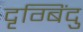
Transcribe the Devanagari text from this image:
दृग्बिंदु